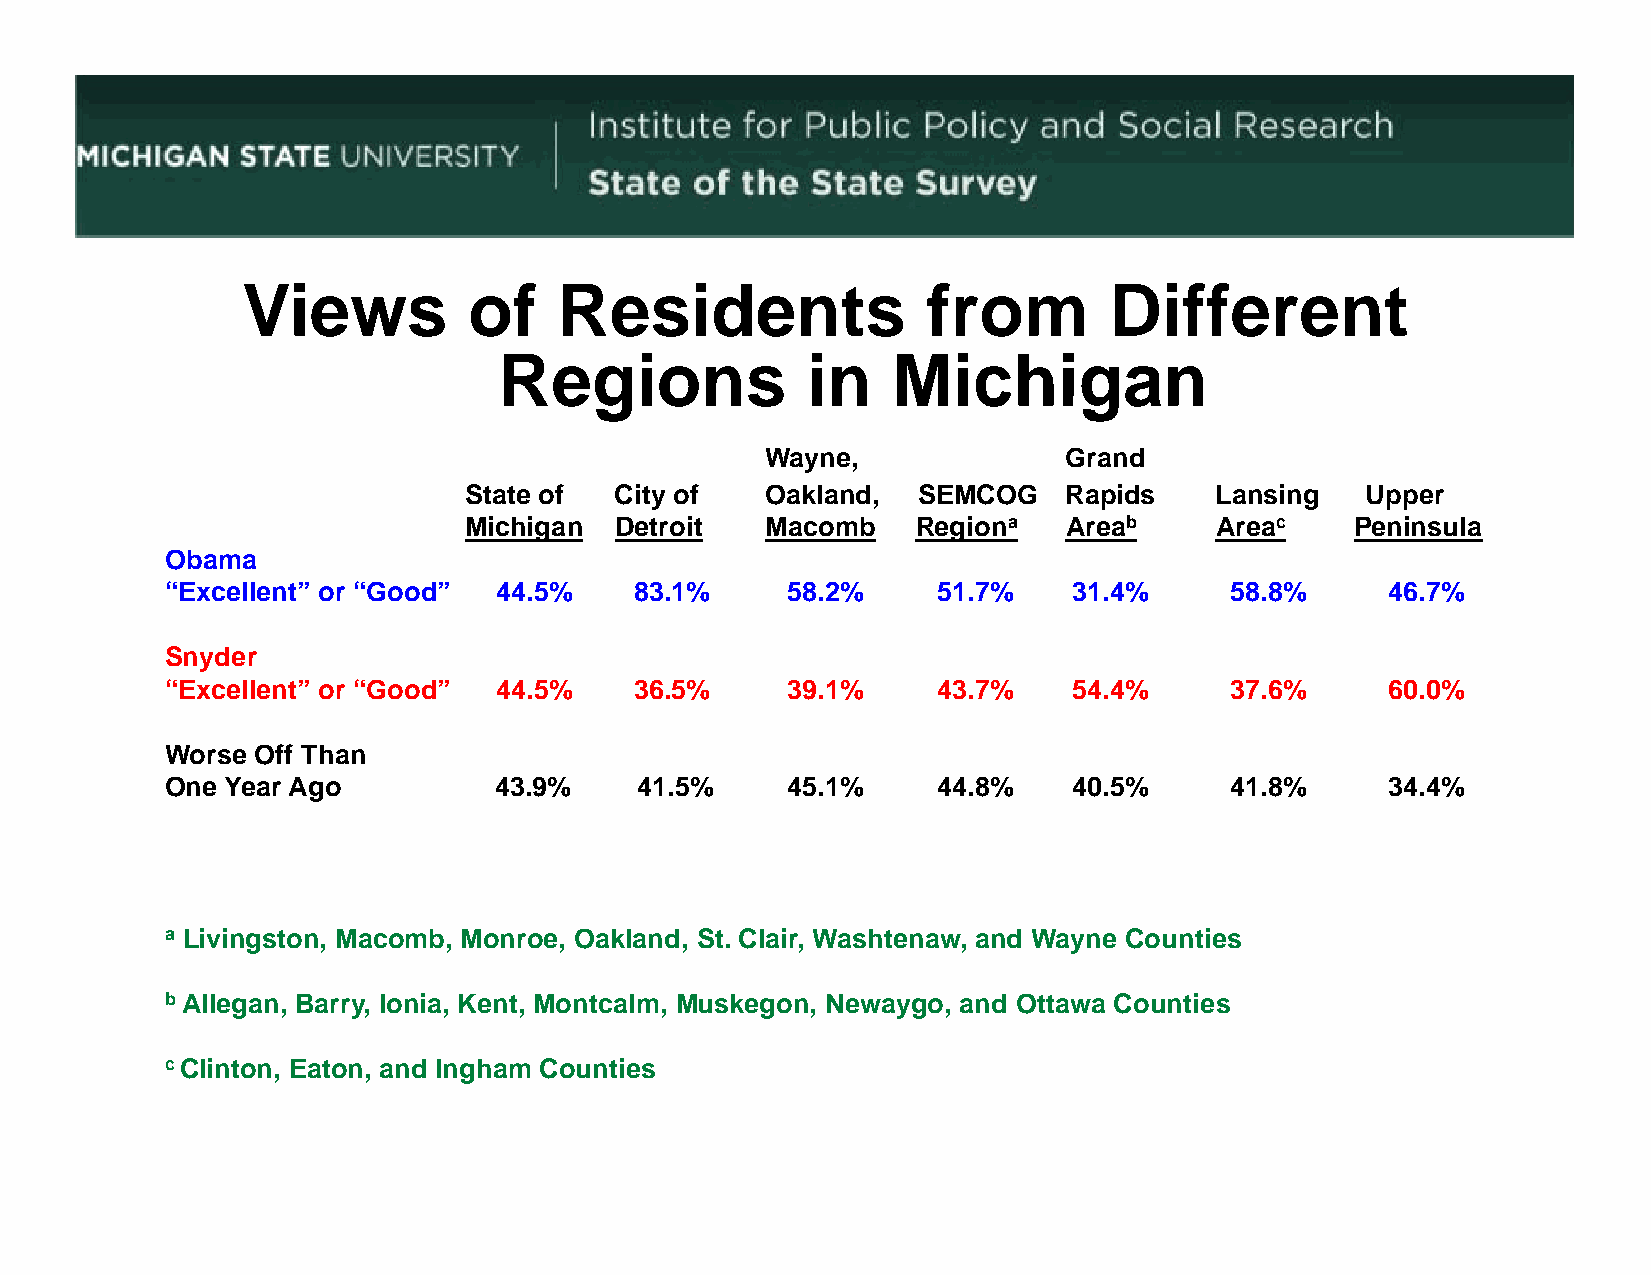
Views          of    Residents               from        Different
 RReeggiioonnss      iinn  MMiicchhiiggaann
 Wayne,              Grand
 State of  City of   Oakland,  SEMCOG    Rapids   Lansing   Upper
 Michigan  Detroit   Macomb    Regiona   Areab    Areac     Peninsula
 OObbaammaa
 “Excellent” or “Good” 44.5%    83.1%     58.2%     51.7%    31.4%     58.8%      46.7%
 Snyder
 “Excellent” or “Good” 44.5%    36.5%     39.1%     43.7%    54.4%     37.6%      60.0%
 Worse Off Than
 One Year Ago          43.9%    41.5%     45.1%     44.8%    40.5%     41.8%      34.4%
 a Livingston, Macomb, Monroe, Oakland, St. Clair, Washtenaw, and Wayne Counties
 b Allegan, Barry, Ionia, Kent, Montcalm, Muskegon, Newaygo, and Ottawa Counties
 c Clinton, Eaton, and Ingham Counties